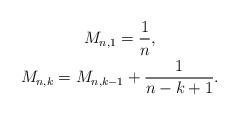
LaTeX: \begin{gather*}M_{n,1}=\frac{1}{n}, \\ M_{n,k}=M_{n,k-1}+\frac{1}{n-k+1}.\end{gather*}